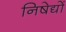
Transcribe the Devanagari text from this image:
निषेद्यों